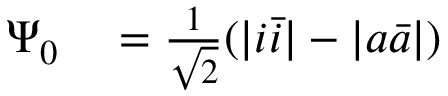
\begin{array} { r l } { \Psi _ { 0 } } & { { } = \frac { 1 } { \sqrt { 2 } } ( \lvert i \bar { i } \rvert - \lvert a \bar { a } \rvert ) } \end{array}